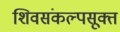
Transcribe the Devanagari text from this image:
शिवसंकल्पसूक्त